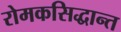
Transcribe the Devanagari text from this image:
रोमकसिद्धान्त